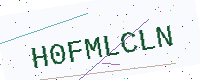
Text: H0FMLCLN